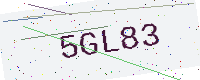
Text: 5GL83